Black-water fever - Number 35
Disease focus: Fever
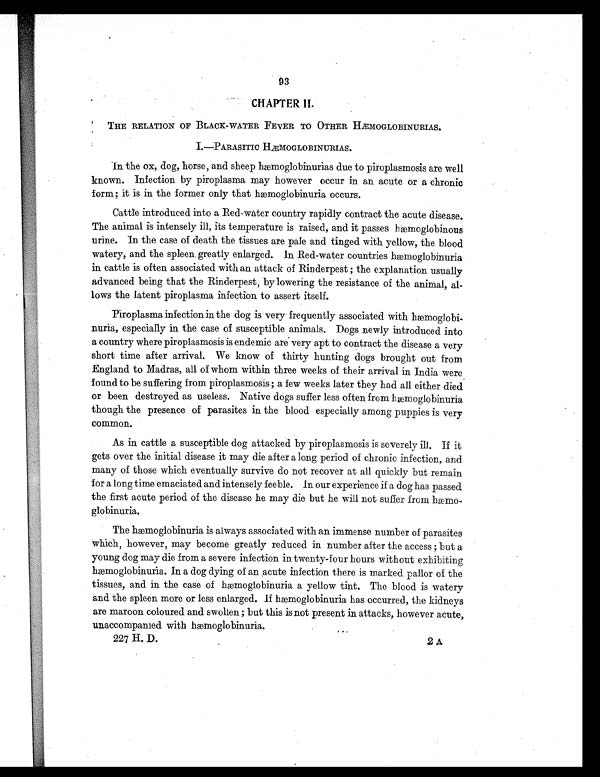
93
CHAPTER II.
THE RELATION OF BLACK-WATER FEVER TO OTHER HÆMOGLOBINURIAS.
I.—PARASITIC HÆMOGLOBINURIAS.
In the ox, dog, horse, and sheep hæmoglobinurias due to piroplasmosis are well
known. Infection by piroplasma may however occur in an acute or a chronic
form ; it is in the former only that hæmoglobinuria occurs.
Cattle introduced into a Red-water country rapidly contract the acute disease.
The animal is intensely ill, its temperature is raised, and it passes hæmoglobinous
urine. In the case of death the tissues are pale and tinged with yellow, the blood
watery, and the spleen greatly enlarged. In Red-water countries hæmoglobinuria
in cattle is often associated with an attack of Rinderpest ; the explanation usually
advanced being that the Rinderpest, by lowering the resistance of the animal, al-
lows the latent piroplasma infection to assert itself.
Piroplasma infection in the dog is very frequently associated with hæmoglobi-
nuria, especially in the case of susceptible animals. Dogs newly introduced into
a country where piroplasmosis is endemic are very apt to contract the disease a very
short time after arrival. We know of thirty hunting dogs brought out from
England to Madras, all of whom within three weeks of their arrival in India were
found to be suffering from piroplasmosis ; a few weeks later they had all either died
or been destroyed as useless. Native dogs suffer less often from hæmoglobinuria
though the presence of parasites in the blood especially among puppies is very
common.
As in cattle a susceptible dog attacked by piroplasmosis is severely ill. If it
gets over the initial disease it may die after a long period of chronic infection, and
many of those which eventually survive do not recover at all quickly but remain
for a long time emaciated and intensely feeble. In our experience if a dog has passed
the first acute period of the disease he may die but he will not suffer from hæmo-
globinuria.
The hæmoglobinuria is always associated with an immense number of parasites
which, however, may become greatly reduced in number after the access ; but a
young dog may die from a severe infection in twenty-four hours without exhibiting
hæmoglobinuria. In a dog dying of an acute infection there is marked pallor of the
tissues, and in the case of hæmoglobinuria a yellow tint. The blood is watery
and the spleen more or less enlarged. If hæmoglobinuria has occurred, the kidneys
are maroon coloured and swollen ; but this is not present in attacks, however acute,
unaccompanied with hæmoglobinuria.
227 H. D.
2 A